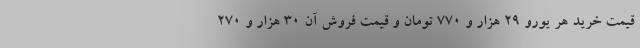
قیمت خرید هر یورو ۲۹ هزار و ۷۷۰ تومان و قیمت فروش آن ۳۰ هزار و ۲۷۰